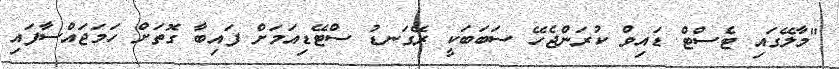
"މާލޭގައި ޓެސްޓް ޑައިވް ކުރަންޖެހޭ ސަބަބަކީ ރޭގަނޑު ސްޓޭޑިއަމަށް ފައިބާ ގޮތަށް ހަމަޖައްސާފައި